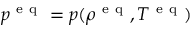
p ^ { \mathrm { ~ e ~ q ~ } } = p ( \rho ^ { \mathrm { ~ e ~ q ~ } } , T ^ { \mathrm { ~ e ~ q ~ } } )